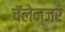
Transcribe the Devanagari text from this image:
चॅलेन्जर